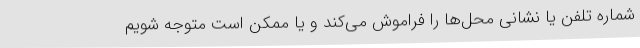
شماره تلفن یا نشانی محل‌ها را فراموش می‌کند و یا ممکن است متوجه شویم